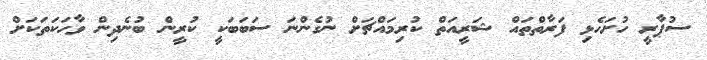
ސުޕާރީ ހުށަހެޅި ފަރާތްތައް ޝަރީއަތް ކުރިމައްޗަށް ނުގެންނަ ސަބަބަކީ ކުރީން ބުނެދިން ވާހަކަތަކަށް